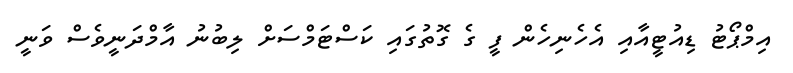
އިމްޕޯޓު ޑިއުޓީއާއި އެހެނިހެން ފީ ގެ ގޮތުގައި ކަސްޓަމްސަށް ލިބުނު އާމްދަނީވެސް ވަނީ